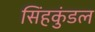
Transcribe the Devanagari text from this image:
सिंहकुंडल